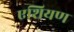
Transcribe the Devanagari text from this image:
एशियण